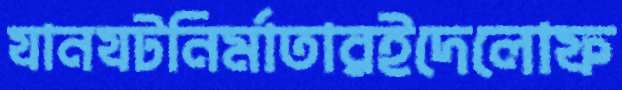
যানযটনির্মাতারইদেলোফ